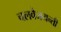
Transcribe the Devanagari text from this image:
चलवैजयन्ती